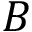
B